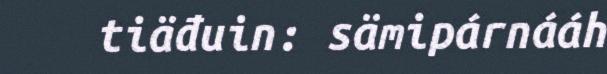
tiäđuin: sämipárnááh